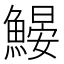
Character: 𩹽